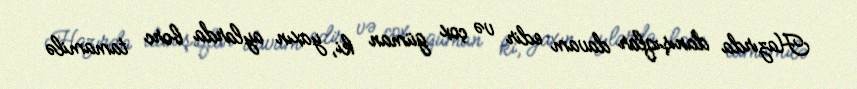
Hazırda danışıqlar davam edir və çox güman ki, yaxın aylarda borc tamamilə